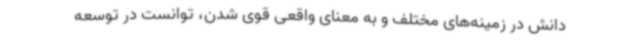
دانش در زمینه‌های مختلف و به معنای واقعی قوی شدن، توانست در توسعه